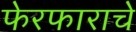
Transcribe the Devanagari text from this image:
फेरफाराचे